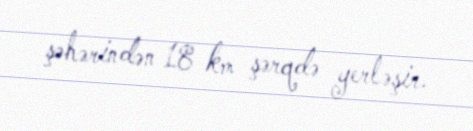
şəhərindən 18 km şərqdə yerləşir.